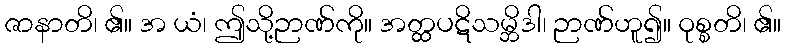
ဇာနာတိ၊ ၏။ အ ယံ၊ ဤသို့ဉာဏ်ကို။ အတ္ထပဋိသမ္ဘိဒါ၊ ဉာဏ်ဟူ၍။ ဝုစ္စတိ၊ ၏။